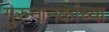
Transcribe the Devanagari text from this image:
गुरुनानकांच्या